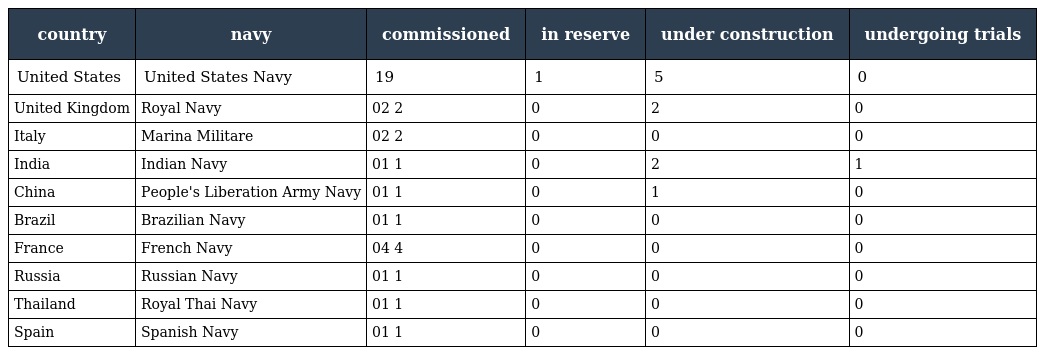
| country | navy | commissioned | in reserve | under construction | undergoing trials |
 | --- | --- | --- | --- | --- | --- |
 | United States | United States Navy | 19 | 1 | 5 | 0 |
 | United Kingdom | Royal Navy | 02 2 | 0 | 2 | 0 |
 | Italy | Marina Militare | 02 2 | 0 | 0 | 0 |
 | India | Indian Navy | 01 1 | 0 | 2 | 1 |
 | China | People's Liberation Army Navy | 01 1 | 0 | 1 | 0 |
 | Brazil | Brazilian Navy | 01 1 | 0 | 0 | 0 |
 | France | French Navy | 04 4 | 0 | 0 | 0 |
 | Russia | Russian Navy | 01 1 | 0 | 0 | 0 |
 | Thailand | Royal Thai Navy | 01 1 | 0 | 0 | 0 |
 | Spain | Spanish Navy | 01 1 | 0 | 0 | 0 |